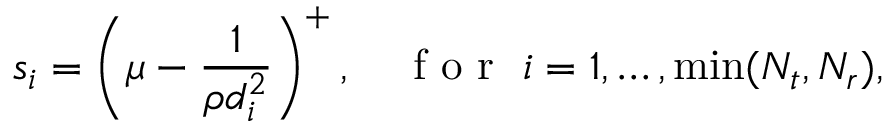
s _ { i } = \left( \mu - { \frac { 1 } { \rho d _ { i } ^ { 2 } } } \right) ^ { + } , \quad { \textrm { f o r } } \, \, i = 1 , \ldots , \operatorname* { m i n } ( N _ { t } , N _ { r } ) ,